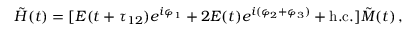
\tilde { H } ( t ) = [ \ensuremath { { \cal E } } ( t + \tau _ { 1 2 } ) e ^ { i \varphi _ { 1 } } + 2 \ensuremath { { \cal E } } ( t ) e ^ { i ( \varphi _ { 2 } + \varphi _ { 3 } ) } + \mathrm { h . c . } ] \tilde { M } ( t ) \, ,